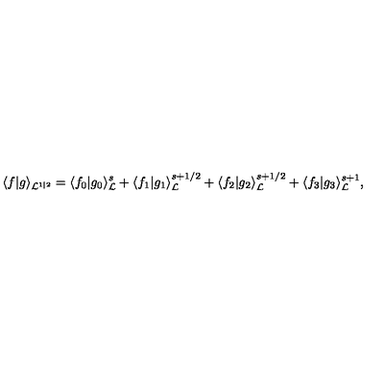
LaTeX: \langle f | g \rangle _ { { \cal L } ^ { 1 | 2 } } = \langle f _ { 0 } | g _ { 0 } \rangle _ { \cal L } ^ { s } + \langle f _ { 1 } | g _ { 1 } \rangle _ { \cal L } ^ { s + 1 / 2 } + \langle f _ { 2 } | g _ { 2 } \rangle _ { \cal L } ^ { s + 1 / 2 } + \langle f _ { 3 } | g _ { 3 } \rangle _ { \cal L } ^ { s + 1 } ,